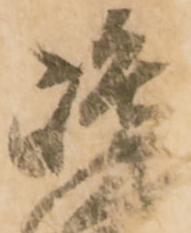
嶋